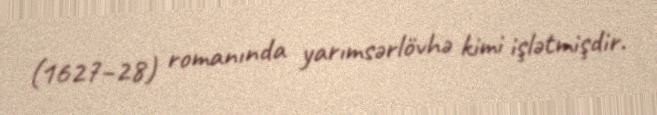
(1627–28) romanında yarımsərlövhə kimi işlətmişdir.